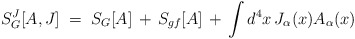
\begin{align*}S_G^J[A,J] \;=\; S_G[A] \,+\,S_{gf}[A] \,+\, \int d^4x \, J_\alpha(x)A_\alpha (x)\,\end{align*}